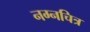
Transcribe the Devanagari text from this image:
नग्नचित्र